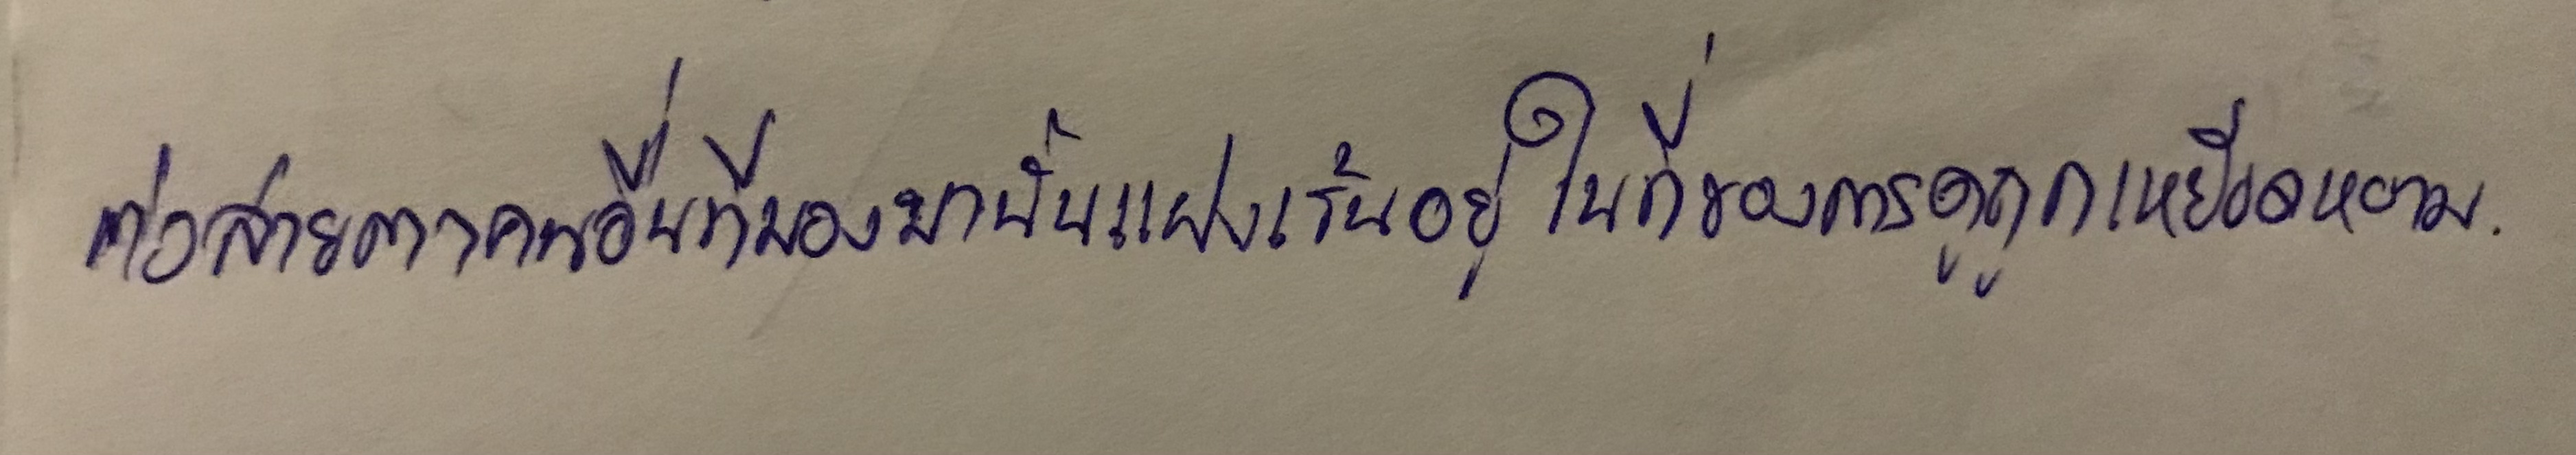
ต่อสายตาคนอื่นที่มองมานั้นแฝงเร้นอยู่ในที่ของการดูถูกเหยียดหยาม